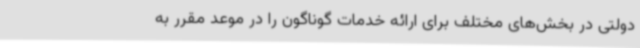
دولتی در بخش‌های مختلف برای ارائه خدمات گوناگون را در موعد مقرر به